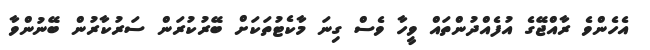
އެހެންވެ ރާއްޖޭގެ އުފެއްދުންތައް ވީހާ ވެސް ގިނަ މާކެޓުތަކަށް ބޭރުކުރަން ސަރުކާރުން ބޭނުންވާ